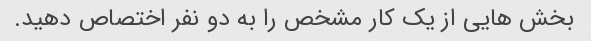
بخش هایی از یک کار مشخص را به دو نفر اختصاص دهید.